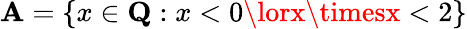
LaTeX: \mathbf{A}=\{ x\in{\textbf{{Q}}}:x<0\lorx\timesx<2\}